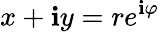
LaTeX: x+\mathbf{i}y=re^{\mathbf{i}\varphi}